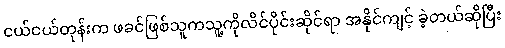
ငယ်ငယ်တုန်းက ဖခင်ဖြစ်သူကသူ့ကိုလိင်ပိုင်းဆိုင်ရာ အနိုင်ကျင့် ခဲ့တယ်ဆိုပြီး